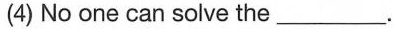
(4) No one can solve the ______ .